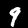
Label: 9